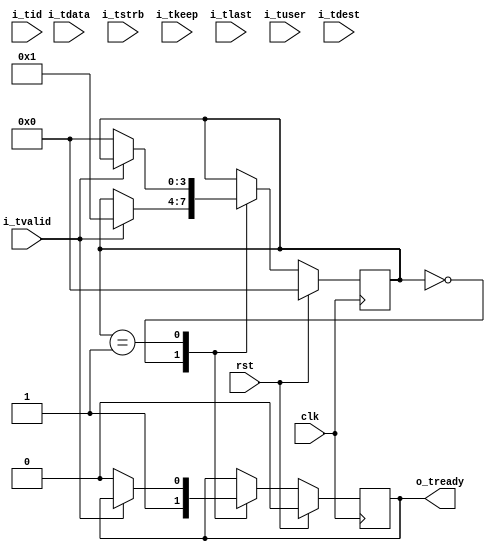
/*
Distributed under the MIT license.
Copyright (c) 2016 Dave McCoy (dave.mccoy@cospandesign.com)

Permission is hereby granted, free of charge, to any person obtaining a copy of
this software and associated documentation files (the "Software"), to deal in
the Software without restriction, including without limitation the rights to
use, copy, modify, merge, publish, distribute, sublicense, and/or sell copies
of the Software, and to permit persons to whom the Software is furnished to do
so, subject to the following conditions:

The above copyright notice and this permission notice shall be included in all
copies or substantial portions of the Software.

THE SOFTWARE IS PROVIDED "AS IS", WITHOUT WARRANTY OF ANY KIND, EXPRESS OR
IMPLIED, INCLUDING BUT NOT LIMITED TO THE WARRANTIES OF MERCHANTABILITY,
FITNESS FOR A PARTICULAR PURPOSE AND NONINFRINGEMENT. IN NO EVENT SHALL THE
AUTHORS OR COPYRIGHT HOLDERS BE LIABLE FOR ANY CLAIM, DAMAGES OR OTHER
LIABILITY, WHETHER IN AN ACTION OF CONTRACT, TORT OR OTHERWISE, ARISING FROM,
OUT OF OR IN CONNECTION WITH THE SOFTWARE OR THE USE OR OTHER DEALINGS IN THE
SOFTWARE.
*/

/*
 * Description: AXI4 Stream Slave
 *
 * Changes:
 */

`timescale 1ps / 1ps

module axi_stream_ingress_demo #(
  parameter ADDR_WIDTH          = 32,
  parameter DATA_WIDTH          = 32,
  parameter STROBE_WIDTH        = (DATA_WIDTH / 8)
)(
  input                               clk,
  input                               rst,

  //Write Data Channel
  input                               i_tvalid,
  output  reg                         o_tready,
  input       [DATA_WIDTH - 1: 0]     i_tdata,

  input       [STROBE_WIDTH - 1:0]    i_tstrb,
  input       [STROBE_WIDTH - 1:0]    i_tkeep,
  input                               i_tlast,
  input       [3:0]                   i_tuser,
  input       [3:0]                   i_tid,
  input       [31:0]                  i_tdest

);
//local parameters

localparam      IDLE                = 4'h0;
localparam      RECEIVE_WRITE_DATA  = 4'h1;

//Address Map
localparam      ADDR_CONTROL        = 0;
localparam      ADDR_STATUS         = 1;

//registes/wires
reg           [3:0]                  state;
reg           [ADDR_WIDTH - 1: 0]    address;

reg           [DATA_WIDTH - 1: 0]    control;
reg           [DATA_WIDTH - 1: 0]    status;

//submodules
//asynchronous logic
//synchronous logic

always @ (posedge clk) begin
  //Deassert Strobes
  if (rst) begin
    o_tready            <=  0;

    //Demo values
    control             <=  0;
    status              <=  0;
    state               <= IDLE;
  end
  else begin
    case (state)
      IDLE: begin
        o_tready        <= 1;

        //Only handle read or write at one time, not both
        if (i_tvalid) begin
          state         <=  RECEIVE_WRITE_DATA;
          $display("Dest: %h", i_tdest);
          $display("User: %h", i_tuser);
          $display("ID:   %h", i_tid);
          $display("Data: 0x%08X", i_tdata);
        end
      end
      RECEIVE_WRITE_DATA: begin
        if (!i_tvalid) begin
          state         <=  IDLE;
          o_tready      <=  0;
        end
        else begin
          $display ("Data: 0x%08X", i_tdata);
        end
      end
      default: begin
        $display("Shouldn't have gotten here!");
      end
    endcase

    if (i_tlast) begin
      $display("Last Signal Strobed");
    end
  end
end

endmodule